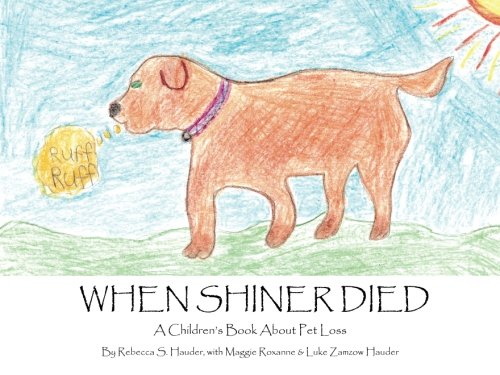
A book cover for When Shiner Died: A Children's Book About Pet Loss; Rebecca S Hauder; Crafts, Hobbies & Home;